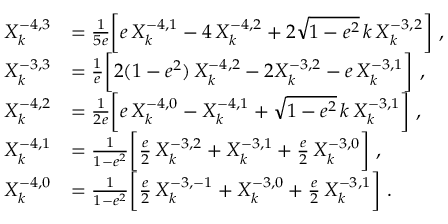
\begin{array} { r l } { X _ { k } ^ { - 4 , 3 } } & { = \frac { 1 } { 5 e } \bigg [ e \, X _ { k } ^ { - 4 , 1 } - 4 \, X _ { k } ^ { - 4 , 2 } + 2 \sqrt { 1 - e ^ { 2 } } \, k \, X _ { k } ^ { - 3 , 2 } \bigg ] \ , } \\ { X _ { k } ^ { - 3 , 3 } } & { = \frac { 1 } { e } \bigg [ 2 ( 1 - e ^ { 2 } ) \, X _ { k } ^ { - 4 , 2 } - 2 X _ { k } ^ { - 3 , 2 } - e \, X _ { k } ^ { - 3 , 1 } \bigg ] \ , } \\ { X _ { k } ^ { - 4 , 2 } } & { = \frac { 1 } { 2 e } \bigg [ e \, X _ { k } ^ { - 4 , 0 } - X _ { k } ^ { - 4 , 1 } + \sqrt { 1 - e ^ { 2 } } \, k \, X _ { k } ^ { - 3 , 1 } \bigg ] \ , } \\ { X _ { k } ^ { - 4 , 1 } } & { = \frac { 1 } { 1 - e ^ { 2 } } \bigg [ \frac { e } { 2 } \, X _ { k } ^ { - 3 , 2 } + X _ { k } ^ { - 3 , 1 } + \frac { e } { 2 } \, X _ { k } ^ { - 3 , 0 } \bigg ] \ , } \\ { X _ { k } ^ { - 4 , 0 } } & { = \frac { 1 } { 1 - e ^ { 2 } } \bigg [ \frac { e } { 2 } \, X _ { k } ^ { - 3 , - 1 } + X _ { k } ^ { - 3 , 0 } + \frac { e } { 2 } \, X _ { k } ^ { - 3 , 1 } \bigg ] \ . } \end{array}